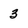
Character: 3